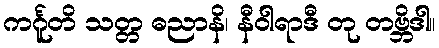
ကင်္ဂူတိ သတ္တ ဓညာနိ၊ နီဝါရာဒီ တု တဗ္ဘိဒါ။